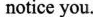
notice you.